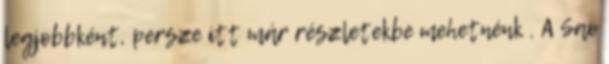
legjobbként, persze itt már részletekbe mehetnénk . A Sao